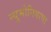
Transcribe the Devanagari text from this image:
न्युमोनियाचा